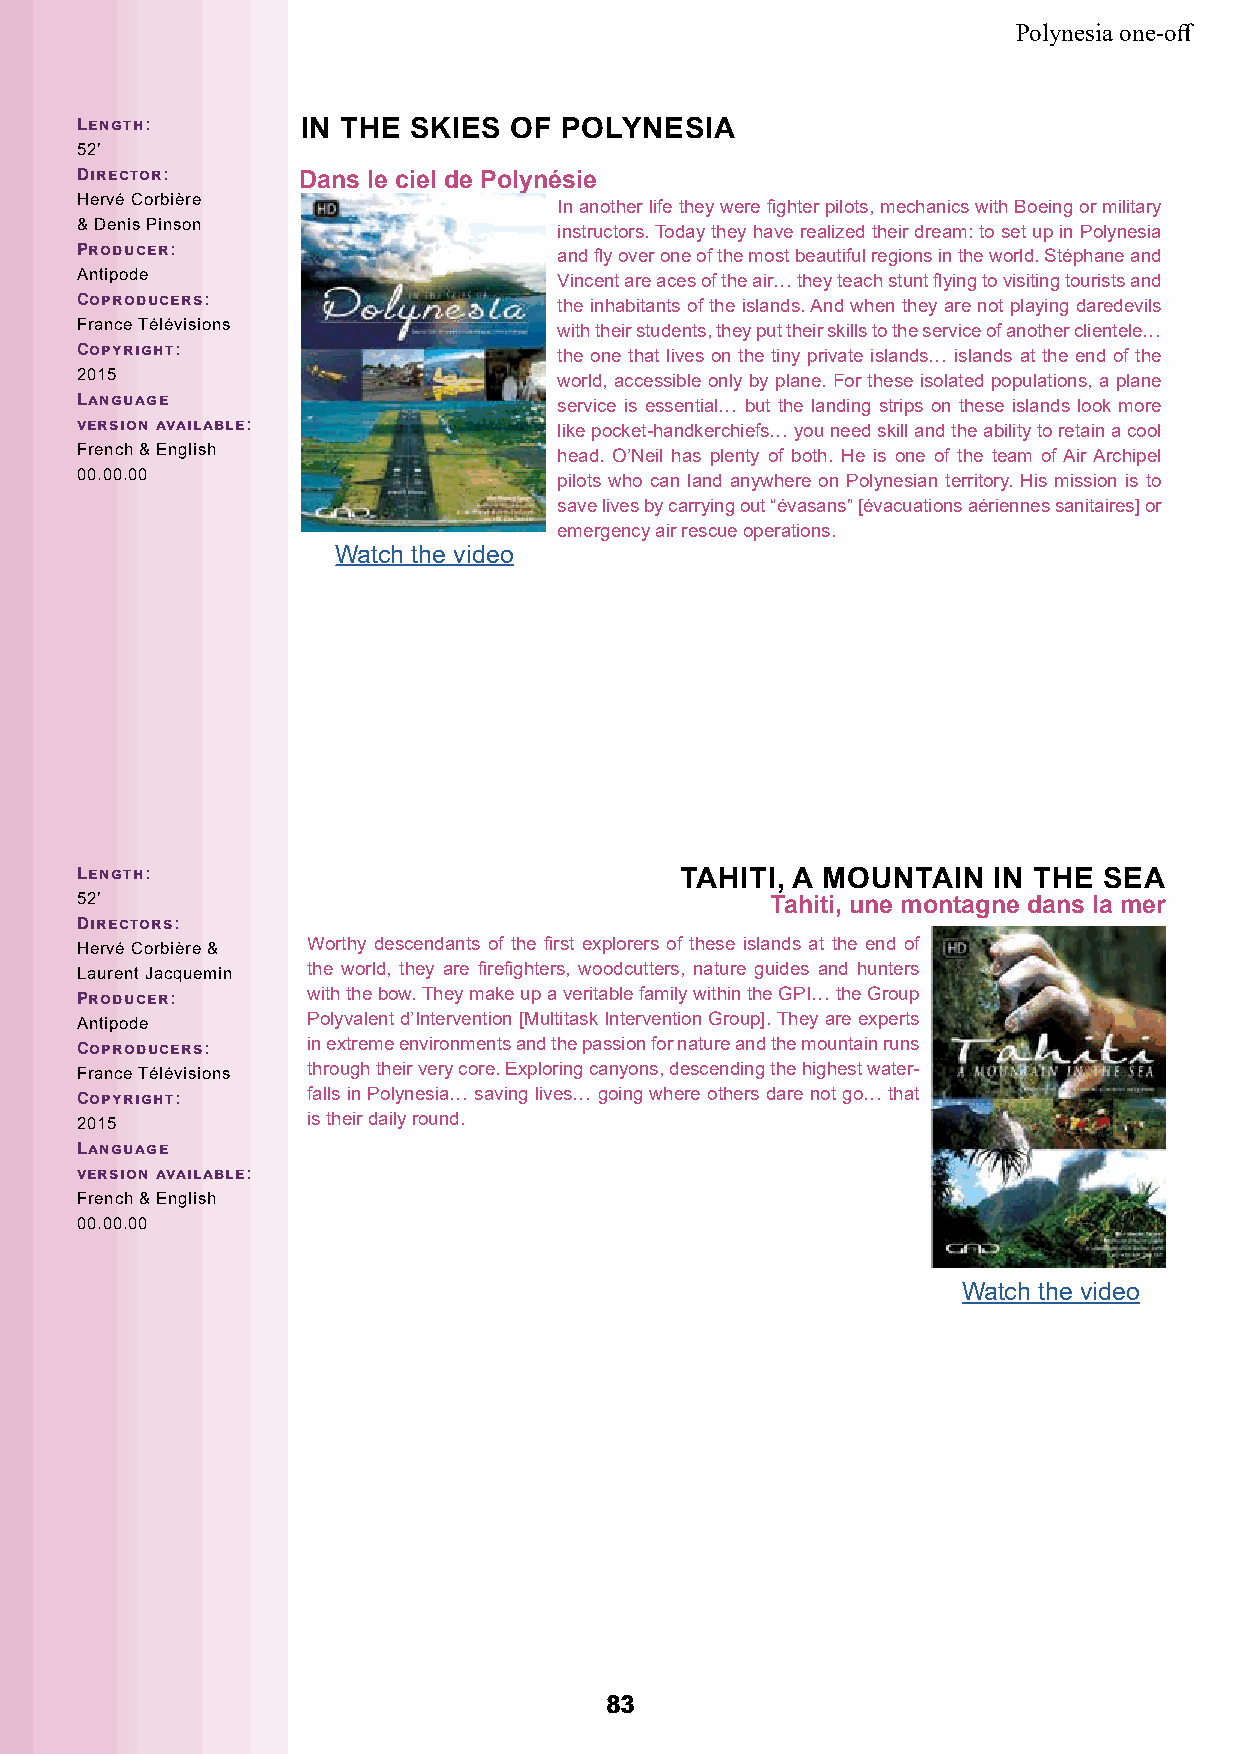
Polynesia one-off
 Length:        IN THE SKIES  OF POLYNESIA
 52’
 Director:      Dans le ciel de Polynésie
 Hervé Corbière
 In another life they were fighter pilots, mechanics with Boeing or military
 & Denis Pinson
 instructors. Today they have realized their dream: to set up in Polynesia
 Producer:                       and fly over one of the most beautiful regions in the world. Stéphane and
 Antipode
 Vincent are aces of the air… they teach stunt flying to visiting tourists and
 Coproducers:                    the inhabitants of the islands. And when they are not playing daredevils
 France Télévisions
 with their students, they put their skills to the service of another clientele…
 Copyright:                      the one that lives on the tiny private islands… islands at the end of the
 2015
 world, accessible only by plane. For these isolated populations, a plane
 Language                        service is essential… but the landing strips on these islands look more
 version available:              like pocket-handkerchiefs… you need skill and the ability to retain a cool
 French & English
 head. O’Neil has plenty of both. He is one of the team of Air Archipel
 00.00.00
 pilots who can land anywhere on Polynesian territory. His mission is to
 save lives by carrying out “évasans” [évacuations aériennes sanitaires] or
 emergency air rescue operations.
 Watch the video
 Length:                                 TAHITI, A MOUNTAIN   IN THE SEA
 52’                                           Tahiti, une montagne dans la mer
 Directors:
 Hervé Corbière & Worthy descendants of the first explorers of these islands at the end of
 Laurent Jacquemin the world, they are firefighters, woodcutters, nature guides and hunters
 Producer:      with the bow. They make up a veritable family within the GPI… the Group
 Antipode       Polyvalent d’Intervention [Multitask Intervention Group]. They are experts
 Coproducers:   in extreme environments and the passion for nature and the mountain runs
 France Télévisions through their very core. Exploring canyons, descending the highest water-
 Copyright:     falls in Polynesia… saving lives… going where others dare not go… that
 2015           is their daily round.
 Language
 version available:
 French & English
 00.00.00
 Watch the video
 8833